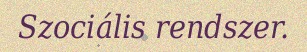
Szociális rendszer.